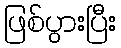
ဖြစ်ပွားပြီး